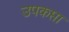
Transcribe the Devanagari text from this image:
उपकप्ता